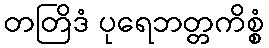
တတြိဒံ ပုရေဘတ္တကိစ္စံ